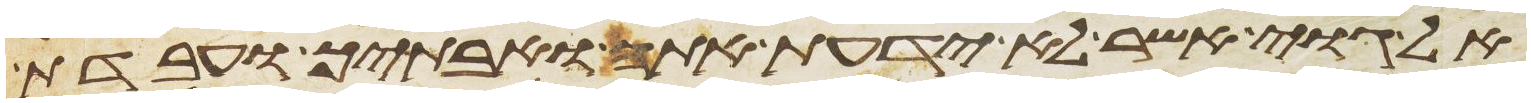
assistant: אל גוי אשר לא ידעת אתה ואבתיך ועבדת